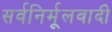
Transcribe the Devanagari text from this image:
सर्वनिर्मूलवादी